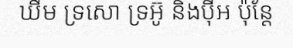
ឃឹម ទ្រសោ ទ្រអ៊ូ និងប៉ីអ ប៉ុន្តែ